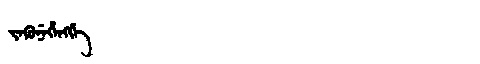
Manchu: ᠵᡝᡴᡠᠨᡝᡥᡝᠩᡤᡝ
Romanization: JEKUNEHENGGE